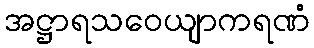
အဋ္ဌာရသဝေယျာကရဏံ